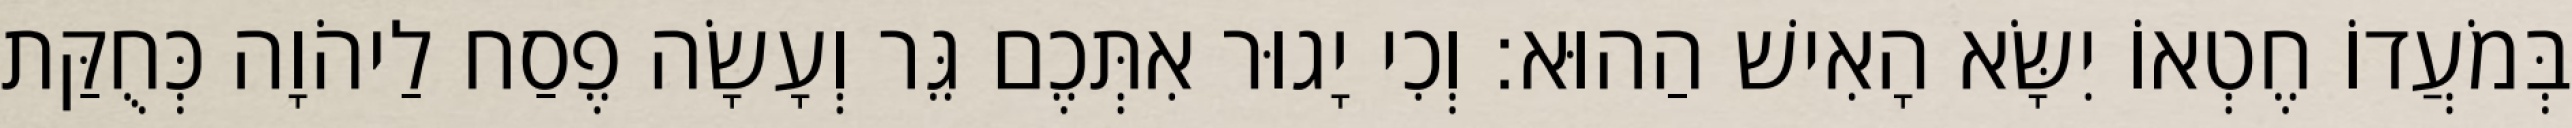
בְּמֹעֲדוֹ חֶטְאוֹ יִשָּׂא הָאִישׁ הַהוּא׃ וְכִי יָגוּר אִתְּכֶם גֵּר וְעָשָׂה פֶסַח לַיהֹוָה כְּחֻקַּת